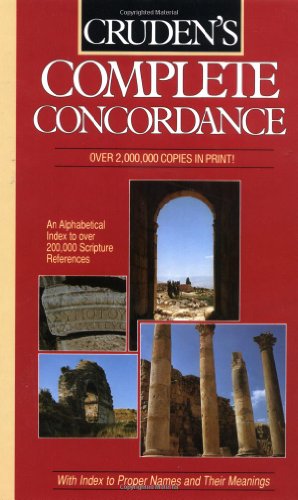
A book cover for Cruden's Complete Concordance; Alexander Cruden; Christian Books & Bibles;